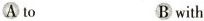
A to B with